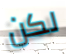
لكن